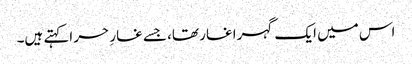
اس میں ایک گہرا غار تھا، جسے غارِ حر اکہتے ہیں۔